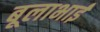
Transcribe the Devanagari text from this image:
बूलाभाई